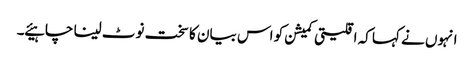
انہوں نے کہا کہ اقلیتی کمیشن کو اس بیان کا سخت نوٹ لینا چاہیئے ۔